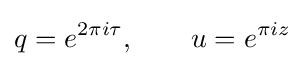
q=e^{2\pi i\tau },\qquad u=e^{\pi iz}